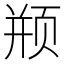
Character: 𱂦